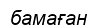
бамаған